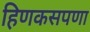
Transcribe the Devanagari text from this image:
हिणकसपणा